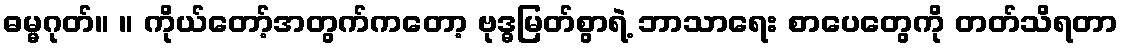
ဓမ္မဂုတ်။ ။ ကိုယ်တော့်အတွက်ကတော့ ဗုဒ္ဓမြတ်စွာရဲ့ ဘာသာရေး စာပေတွေကို တတ်သိရတာ